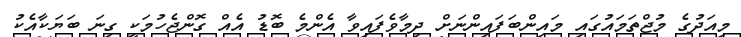
މިއަދުގެ މުޖްތަމައުގައި މައިންބަފައިންނަށް ދިމާވެފައިވާ އެންމެ ބޮޑު އެއް ގޮންޖެހުމަކީ ގިނަ ބަޔަކާއެކު